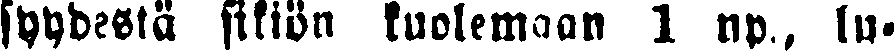
syydestä sikiön kuolemaan 1 np., lu-